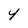
Character: Y